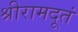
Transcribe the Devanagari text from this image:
श्रीरामदूतं